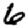
Digit: 6